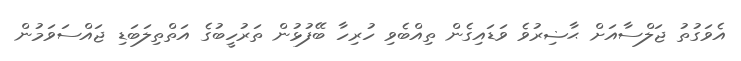
އެވަގުތު ޖަލްސާއަށް ޙާޟިރުވެ ވަޑައިގެން ތިއްބެވި ހުރިހާ ބޭފުޅުން ތަރުހީބުގެ އަތްތިލަބަޑި ޖައްސަވަމުން